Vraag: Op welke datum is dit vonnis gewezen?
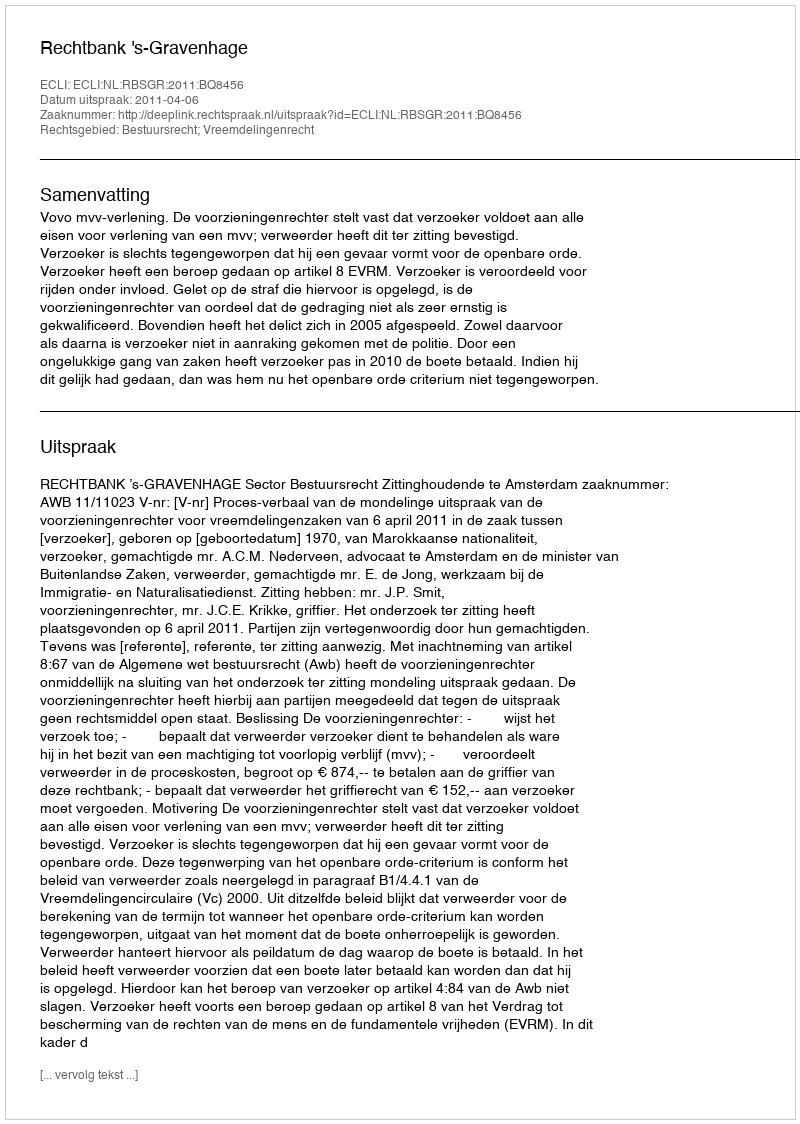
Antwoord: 2011-04-06